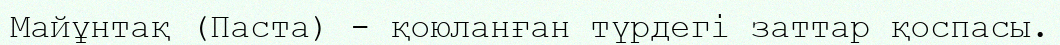
Майұнтақ (Паста) - қоюланған түрдегі заттар қоспасы.